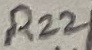
Text: R22